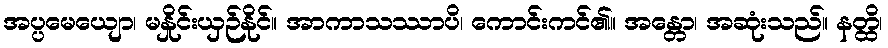
အပ္ပမေယျော၊ မနှိုင်းယှဉ်နိုင်။ အာကာသဿာပိ၊ ကောင်းကင်၏။ အန္တော၊ အဆုံးသည်။ နတ္ထိ၊